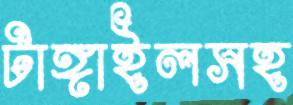
টাঙ্গাইলসহ